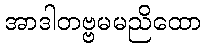
အာဒါတဗ္ဗမမညိထော